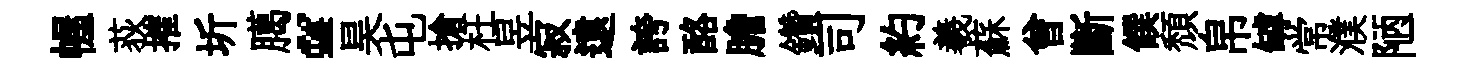
幄荻搉圻臈“昊屯搶枉昱寂遠誇酪膽鑽司約羲蘇曾斷饌頽帛罅常濮陋